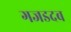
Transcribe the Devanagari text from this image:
गजडदब